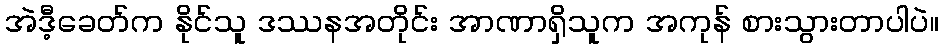
အဲဒီ့ခေတ်က နိုင်သူ ဒဿနအတိုင်း အာဏာရှိသူက အကုန် စားသွားတာပါပဲ။